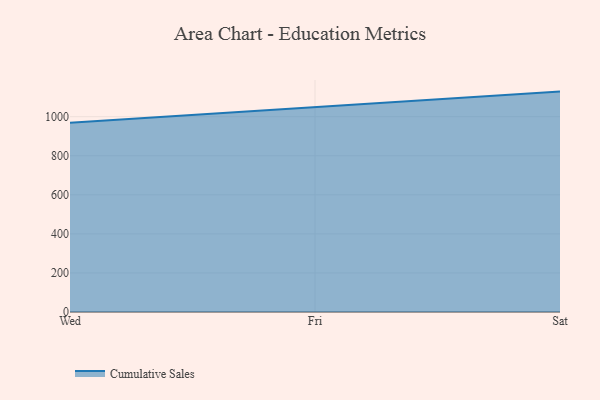
{"axis": {"x": "Day", "y": "Revenue (USD Million)"}, "legend": ["Cumulative Sales"], "data": [{"x": "Wed", "y": 969.5, "type": "Cumulative Sales"}, {"x": "Fri", "y": 1047.9, "type": "Cumulative Sales"}, {"x": "Sat", "y": 1128.5, "type": "Cumulative Sales"}]}